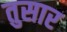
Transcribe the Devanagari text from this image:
तुसार